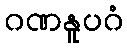
ဂဏနူပဂံ